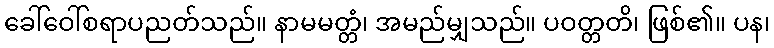
ခေါ်ဝေါ်စရာပညတ်သည်။ နာမမတ္တံ၊ အမည်မျှသည်။ ပဝတ္တတိ၊ ဖြစ်၏။ ပန၊